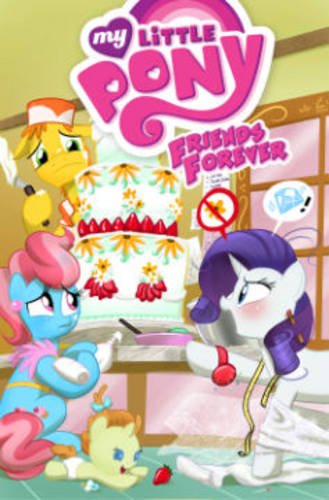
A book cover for My Little Pony: Friends Forever Volume 5 (My Little Pony Friends Forever Tp); Ted Anderson; Children's Books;